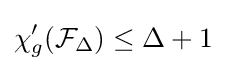
\chi '_{g}({\mathcal {F}}_{\Delta })\leq \Delta +1